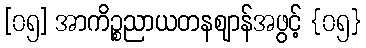
[၀၅] အာကိဉ္စညာယတနဈာန်အဖွင့် {၀၅}